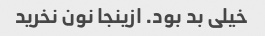
خیلی بد بود. ازینجا نون نخرید